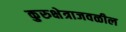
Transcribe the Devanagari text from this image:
कुरुक्षेत्राजवळील